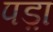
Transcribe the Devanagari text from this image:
पड़़ा